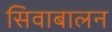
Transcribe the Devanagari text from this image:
सिवाबालन